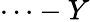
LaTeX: \cdots-Y